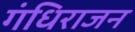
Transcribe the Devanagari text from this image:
गंधिराजन